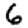
Digit: 6